NAE_ERA_R-1665_Eesti_Kunstnike_Liit, lk 21
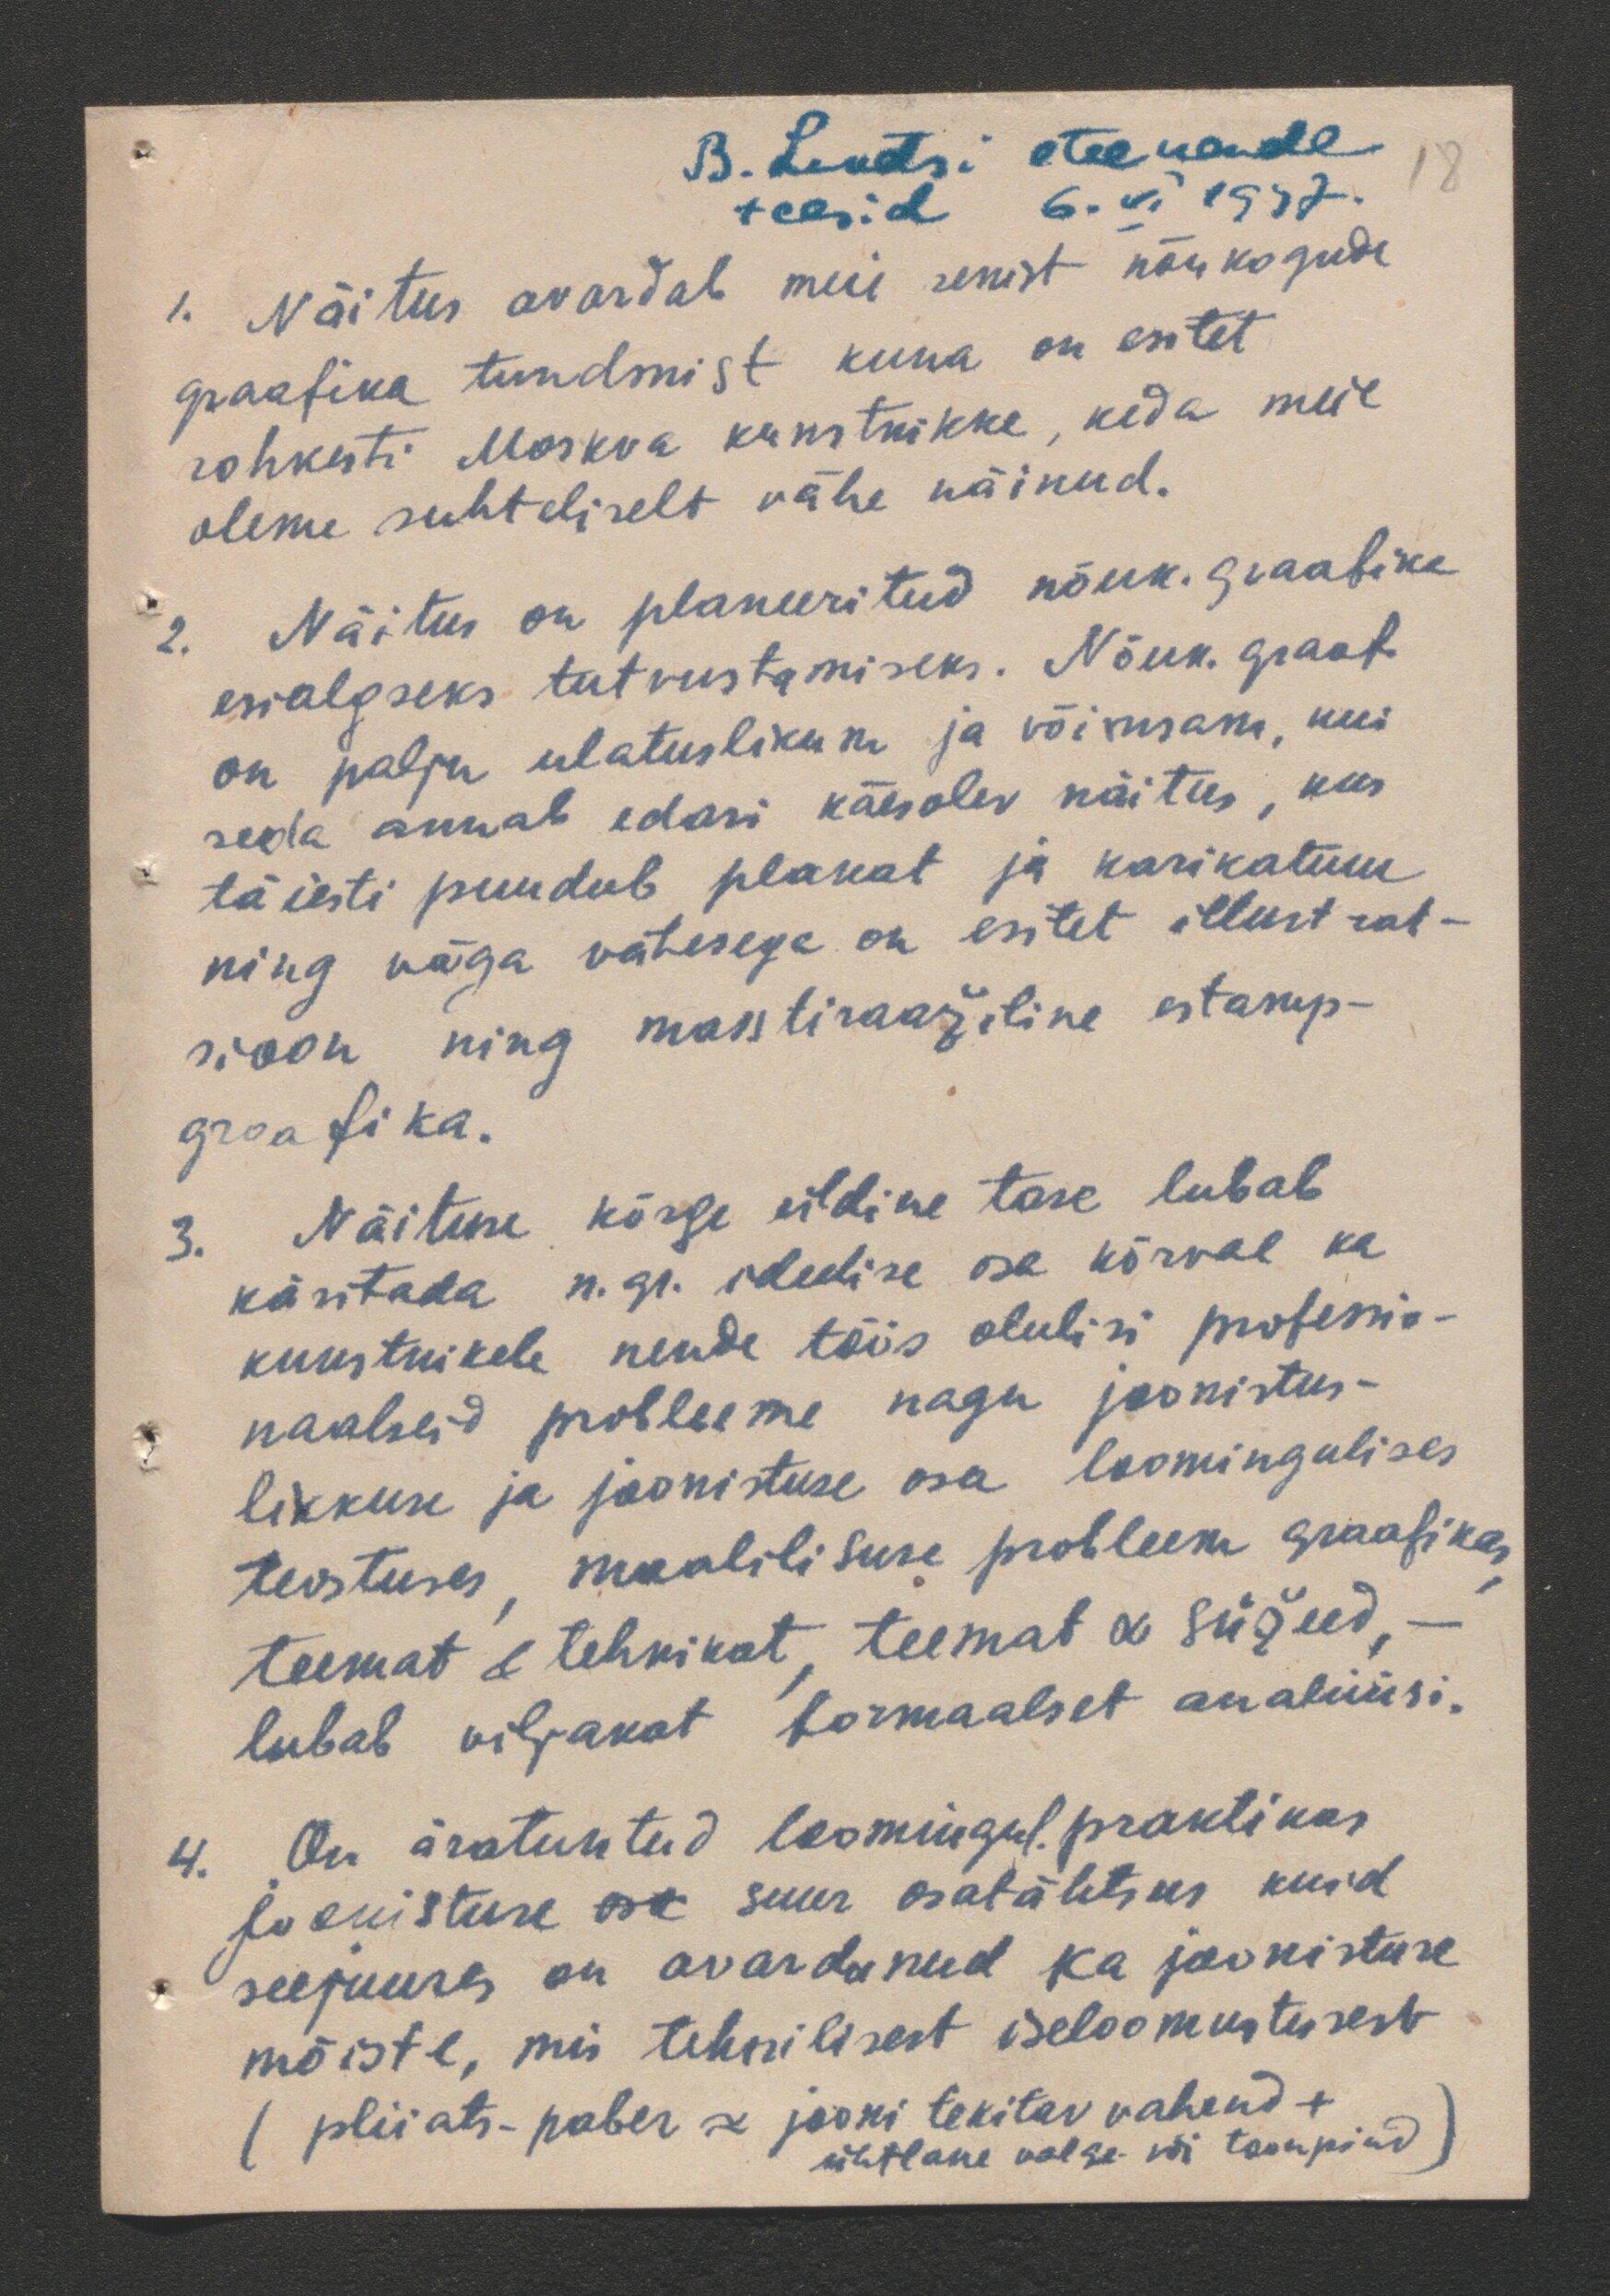
B. Lentsi eteekande
teesid 6.VI 1947.
1. Näitus avardab meie senist nõukogude
graafika tundmist, kuna on esitet
rohkesti Moskva kunstnikke, keda meie
oleme suhteliselt vähe näinud.
2. Näitus on planeeritud nõuk. graafika
esialgseks tutvustamiseks. Nõuk. graaf.
on palju ulatuslikum ja võimsam, kui
seda annab edasi käesolev näitus, kus
täiesti puudub plakat ja karikatuur
ning väga vähesega on esitet illustrat-
sioon ning masstiraažiline estamp-
graafika.
3. Näituse kõrge üldine tase lubab
käsitada n. gr. ideelise osa kõrval ka
kunstnikele nende töös olulisi professio-
naalseid probleeme nagu joonistus-
likkuse ja joonistuse osa loomingulises
teostuses, maalilisuse probleem graafikas,
teemat & tehnikat, teemat & süžeed, -
lubab viljakat formaalset analüüsi.
4. On äratuntud loomingul. praktikas
joonistuse osa suur osatähtsus kuid
seejuures on avardunud ka joonistuse
mõiste, mis tehnilisest iseloomustusest
(pliiats-paber =  jooni tekitav vahend +
ühtlane valge- või toonpind)